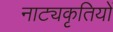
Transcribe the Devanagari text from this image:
नाट्यकृतियों